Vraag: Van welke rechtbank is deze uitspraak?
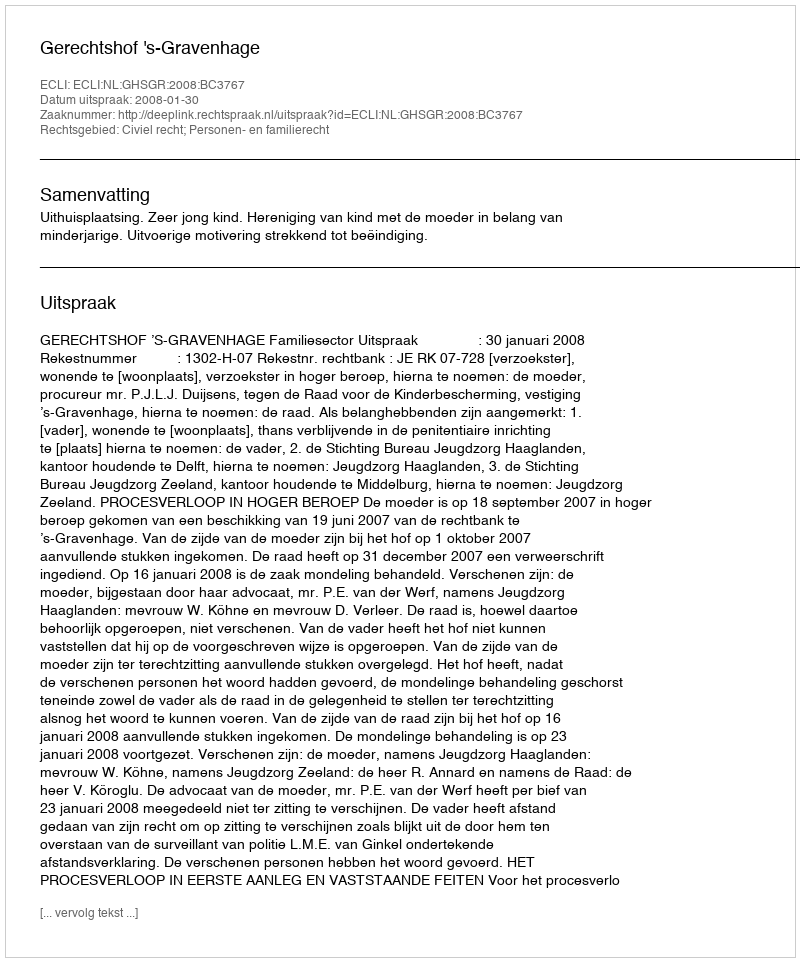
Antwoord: Gerechtshof 's-Gravenhage